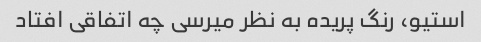
استیو، رنگ پریده به نظر میرسی چه اتفاقی افتاد